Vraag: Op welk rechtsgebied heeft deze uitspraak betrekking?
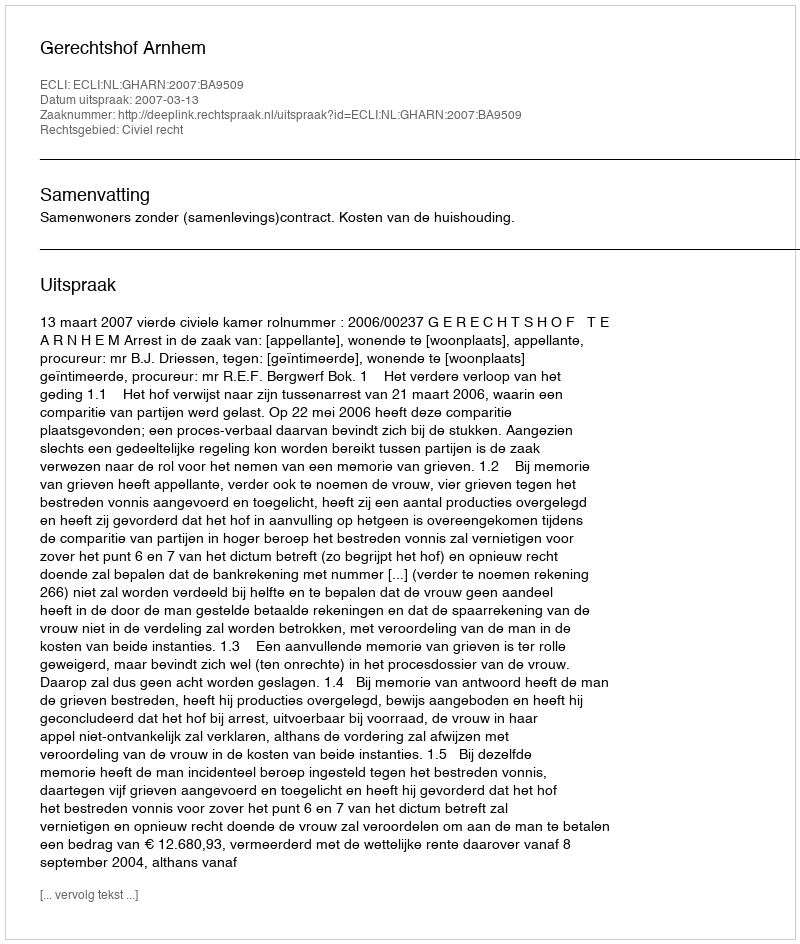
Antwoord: Civiel recht